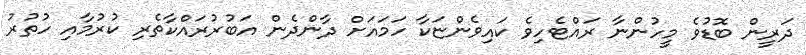
ދަރީން ބޮޑުވެ މީހުންނާ ރައްޓެހިވެ ކައިވެންޏަކާ ހަމައަށް ދާންދެން އަބުރުރައްކާތެރި ކުރުމާއި ހުތުރު